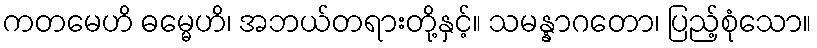
ကတမေဟိ ဓမ္မေဟိ၊ အဘယ်တရားတို့နှင့်။ သမန္နာဂတော၊ ပြည့်စုံသော။